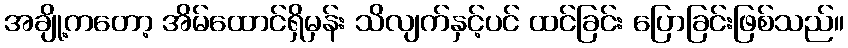
အချို့ကတော့ အိမ်ထောင်ရှိမှန်း သိလျက်နှင့်ပင် ထင်ခြင်း ပြောခြင်းဖြစ်သည်။